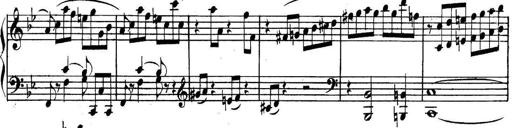
Title: Collected Piano Sonatas
Composer: Muzio Clementi